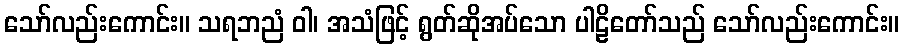
သော်လည်းကောင်း။ သရဘညံ ဝါ၊ အသံဖြင့် ရွတ်ဆိုအပ်သော ပါဠိတော်သည် သော်လည်းကောင်း။